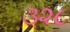
૩૨૮